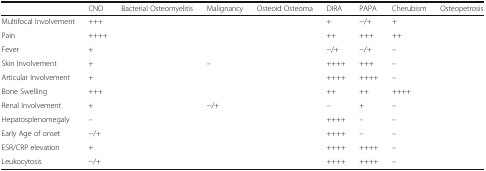
<table><thead><tr><td>[EMPTY_CELL]</td><td><b>CNO</b></td><td><b>Bacterial Osteomyelitis</b></td><td><b>Malignancy</b></td><td><b>Osteoid Osteoma</b></td><td><b>DIRA</b></td><td><b>PAPA</b></td><td><b>Cherubism</b></td><td><b>Osteopetrosis</b></td></tr></thead><tbody><tr><td>Multifocal Involvement</td><td>+++</td><td>[EMPTY_CELL]</td><td>[EMPTY_CELL]</td><td>[EMPTY_CELL]</td><td>+</td><td>−/+</td><td>+</td><td>[EMPTY_CELL]</td></tr><tr><td>Pain</td><td>++++</td><td>[EMPTY_CELL]</td><td>[EMPTY_CELL]</td><td>[EMPTY_CELL]</td><td>++</td><td>+++</td><td>++</td><td>[EMPTY_CELL]</td></tr><tr><td>Fever</td><td>+</td><td>[EMPTY_CELL]</td><td>[EMPTY_CELL]</td><td>[EMPTY_CELL]</td><td>−/+</td><td>−/+</td><td>–</td><td>[EMPTY_CELL]</td></tr><tr><td>Skin Involvement</td><td>+</td><td>[EMPTY_CELL]</td><td>–</td><td>[EMPTY_CELL]</td><td>++++</td><td>+++</td><td>–</td><td>[EMPTY_CELL]</td></tr><tr><td>Articular Involvement</td><td>+</td><td>[EMPTY_CELL]</td><td>[EMPTY_CELL]</td><td>[EMPTY_CELL]</td><td>++++</td><td>++++</td><td>–</td><td>[EMPTY_CELL]</td></tr><tr><td>Bone Swelling</td><td>+++</td><td>[EMPTY_CELL]</td><td>[EMPTY_CELL]</td><td>[EMPTY_CELL]</td><td>++</td><td>++</td><td>++++</td><td>[EMPTY_CELL]</td></tr><tr><td>Renal Involvement</td><td>+</td><td>[EMPTY_CELL]</td><td>−/+</td><td>[EMPTY_CELL]</td><td>–</td><td>+</td><td>–</td><td>[EMPTY_CELL]</td></tr><tr><td>Hepatosplenomegaly</td><td>–</td><td>[EMPTY_CELL]</td><td>[EMPTY_CELL]</td><td>[EMPTY_CELL]</td><td>++++</td><td>–</td><td>–</td><td>[EMPTY_CELL]</td></tr><tr><td>Early Age of onset</td><td>−/+</td><td>[EMPTY_CELL]</td><td>[EMPTY_CELL]</td><td>[EMPTY_CELL]</td><td>++++</td><td>–</td><td>–</td><td>[EMPTY_CELL]</td></tr><tr><td>ESR/CRP elevation</td><td>+</td><td>[EMPTY_CELL]</td><td>[EMPTY_CELL]</td><td>[EMPTY_CELL]</td><td>++++</td><td>++++</td><td>–</td><td>[EMPTY_CELL]</td></tr><tr><td>Leukocytosis</td><td>−/+</td><td>[EMPTY_CELL]</td><td>[EMPTY_CELL]</td><td>[EMPTY_CELL]</td><td>++++</td><td>++++</td><td>–</td><td>[EMPTY_CELL]</td></tr></tbody></table>